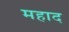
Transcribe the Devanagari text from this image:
महाद